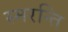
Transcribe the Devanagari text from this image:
स्मरन्ति